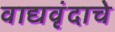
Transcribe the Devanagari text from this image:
वाद्यवृंदाचे